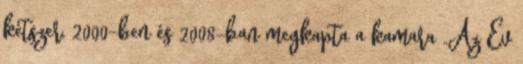
kétszer, 2000-ben és 2008-ban megkapta a kamara „Az Év